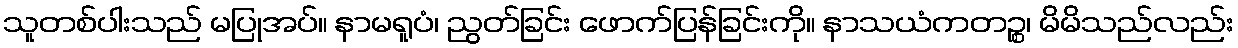
သူတစ်ပါးသည် မပြုအပ်။ နာမရူပံ၊ ညွတ်ခြင်း ဖောက်ပြန်ခြင်းကို။ နာသယံကတဉ္စ၊ မိမိသည်လည်း